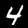
Label: 4